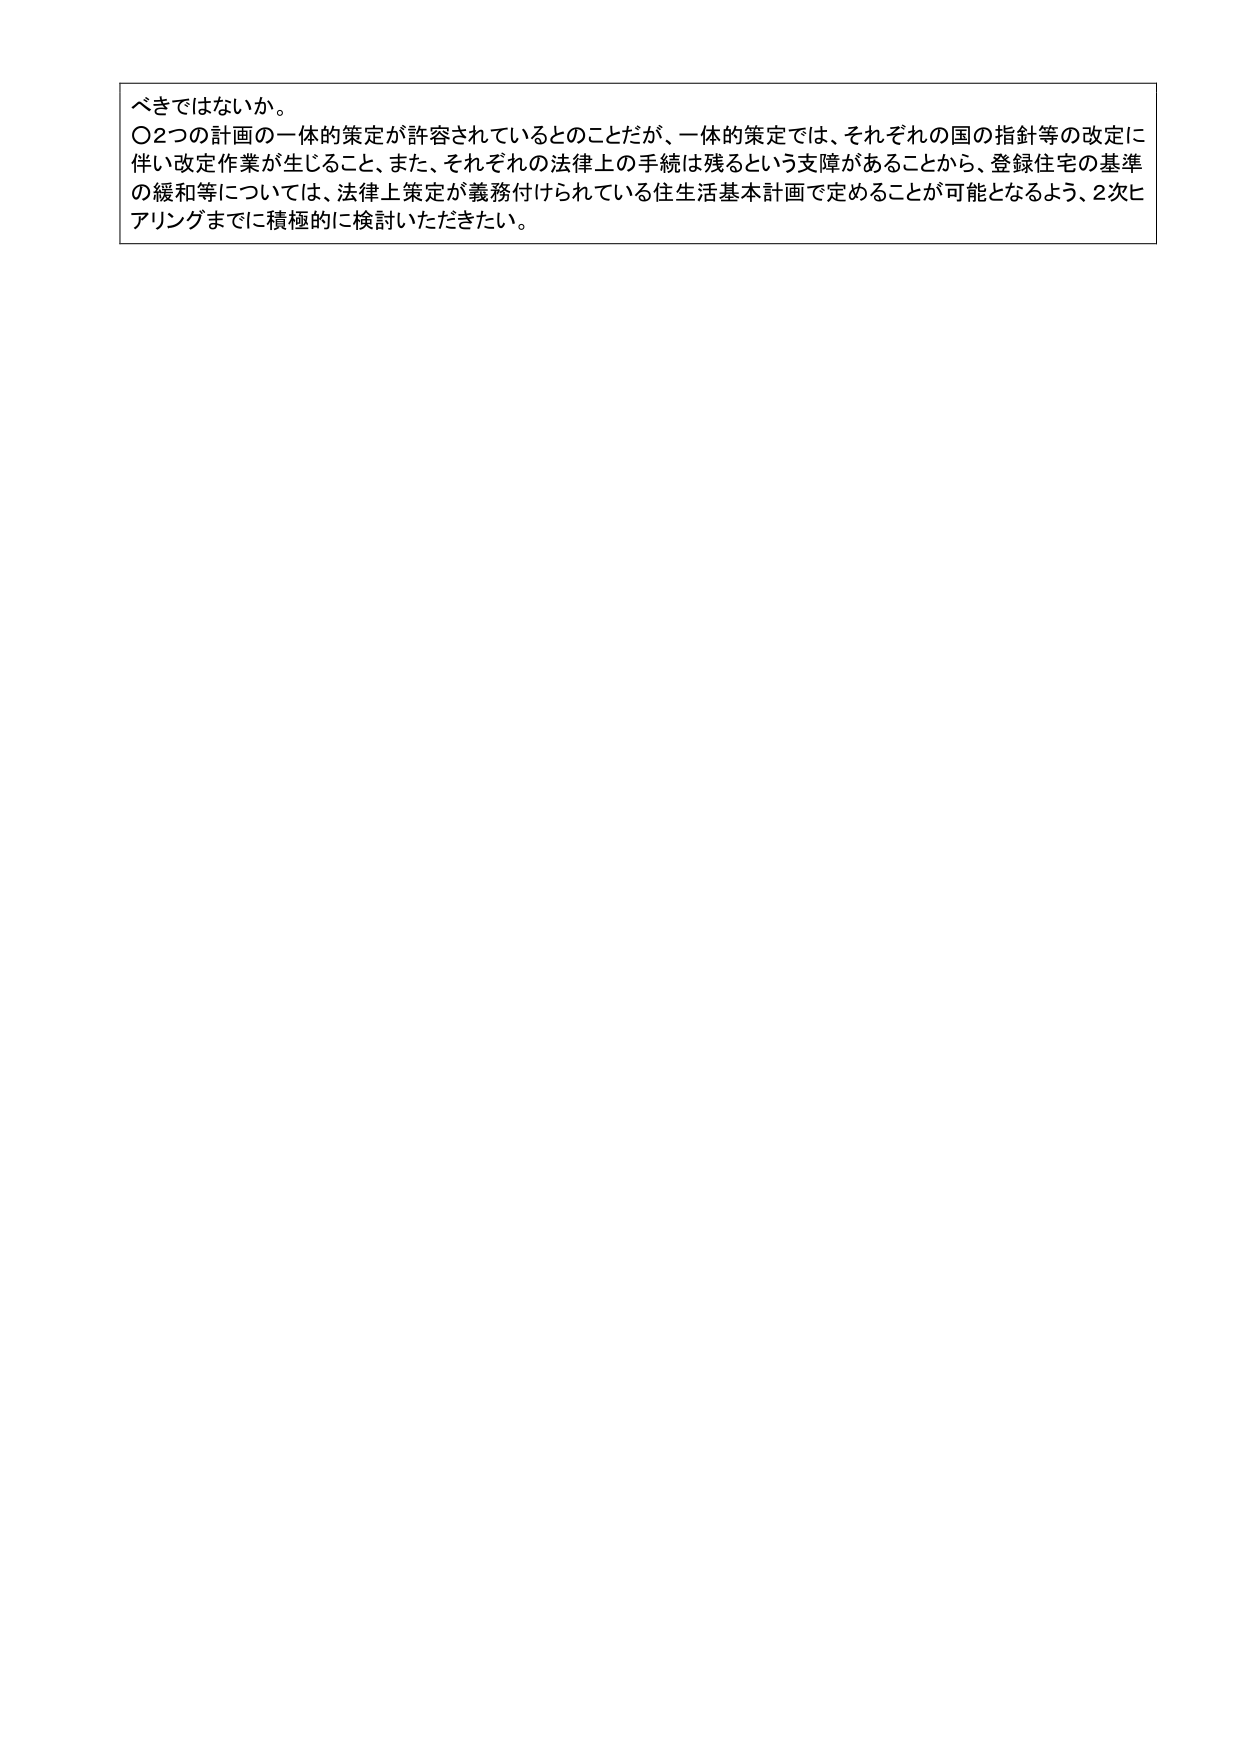
べきではないか。
〇2つの計画の一体的策定が許容されているとのことだが、一体的策定では、それぞれの国の指針等の改定に
伴い改定作業が生じること、また、それぞれの法律上の手続は残るという支障があることから、登録住宅の基準
の緩和等については、法律上策定が義務付けられている住生活基本計画で定めることが可能となるよう、2次ヒ
アリングまでに積極的に検討いただきたい。